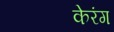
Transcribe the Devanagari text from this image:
केरंग